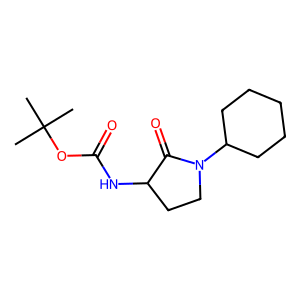
SMILES: CC(C)(C)OC(=O)NC1CCN(C2CCCCC2)C1=O
Inhibits HIV replication: No